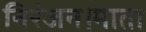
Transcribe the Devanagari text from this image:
निरंजन।माता